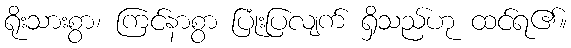
ရိုးသားစွာ၊ ကြင်နာစွာ ပြုံးပြလျက် ရှိသည်ဟု ထင်ရ၏။